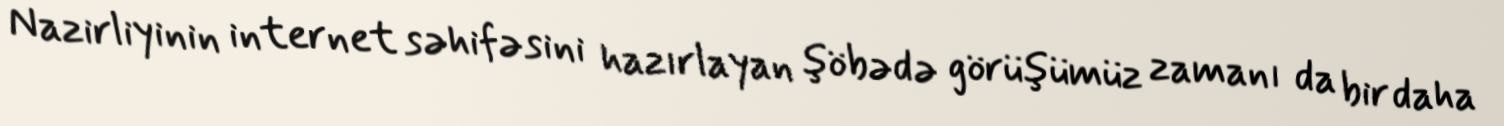
Nazirliyinin internet səhifəsini hazırlayan şöbədə görüşümüz zamanı da bir daha